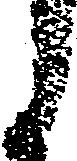
う